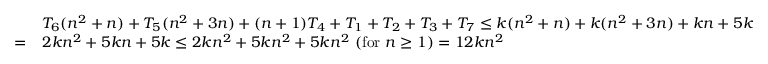
{ \begin{array} { r l } & { T _ { 6 } ( n ^ { 2 } + n ) + T _ { 5 } ( n ^ { 2 } + 3 n ) + ( n + 1 ) T _ { 4 } + T _ { 1 } + T _ { 2 } + T _ { 3 } + T _ { 7 } \leq k ( n ^ { 2 } + n ) + k ( n ^ { 2 } + 3 n ) + k n + 5 k } \\ { = } & { 2 k n ^ { 2 } + 5 k n + 5 k \leq 2 k n ^ { 2 } + 5 k n ^ { 2 } + 5 k n ^ { 2 } \ ( { \mathrm { f o r ~ } } n \geq 1 ) = 1 2 k n ^ { 2 } } \end{array} }